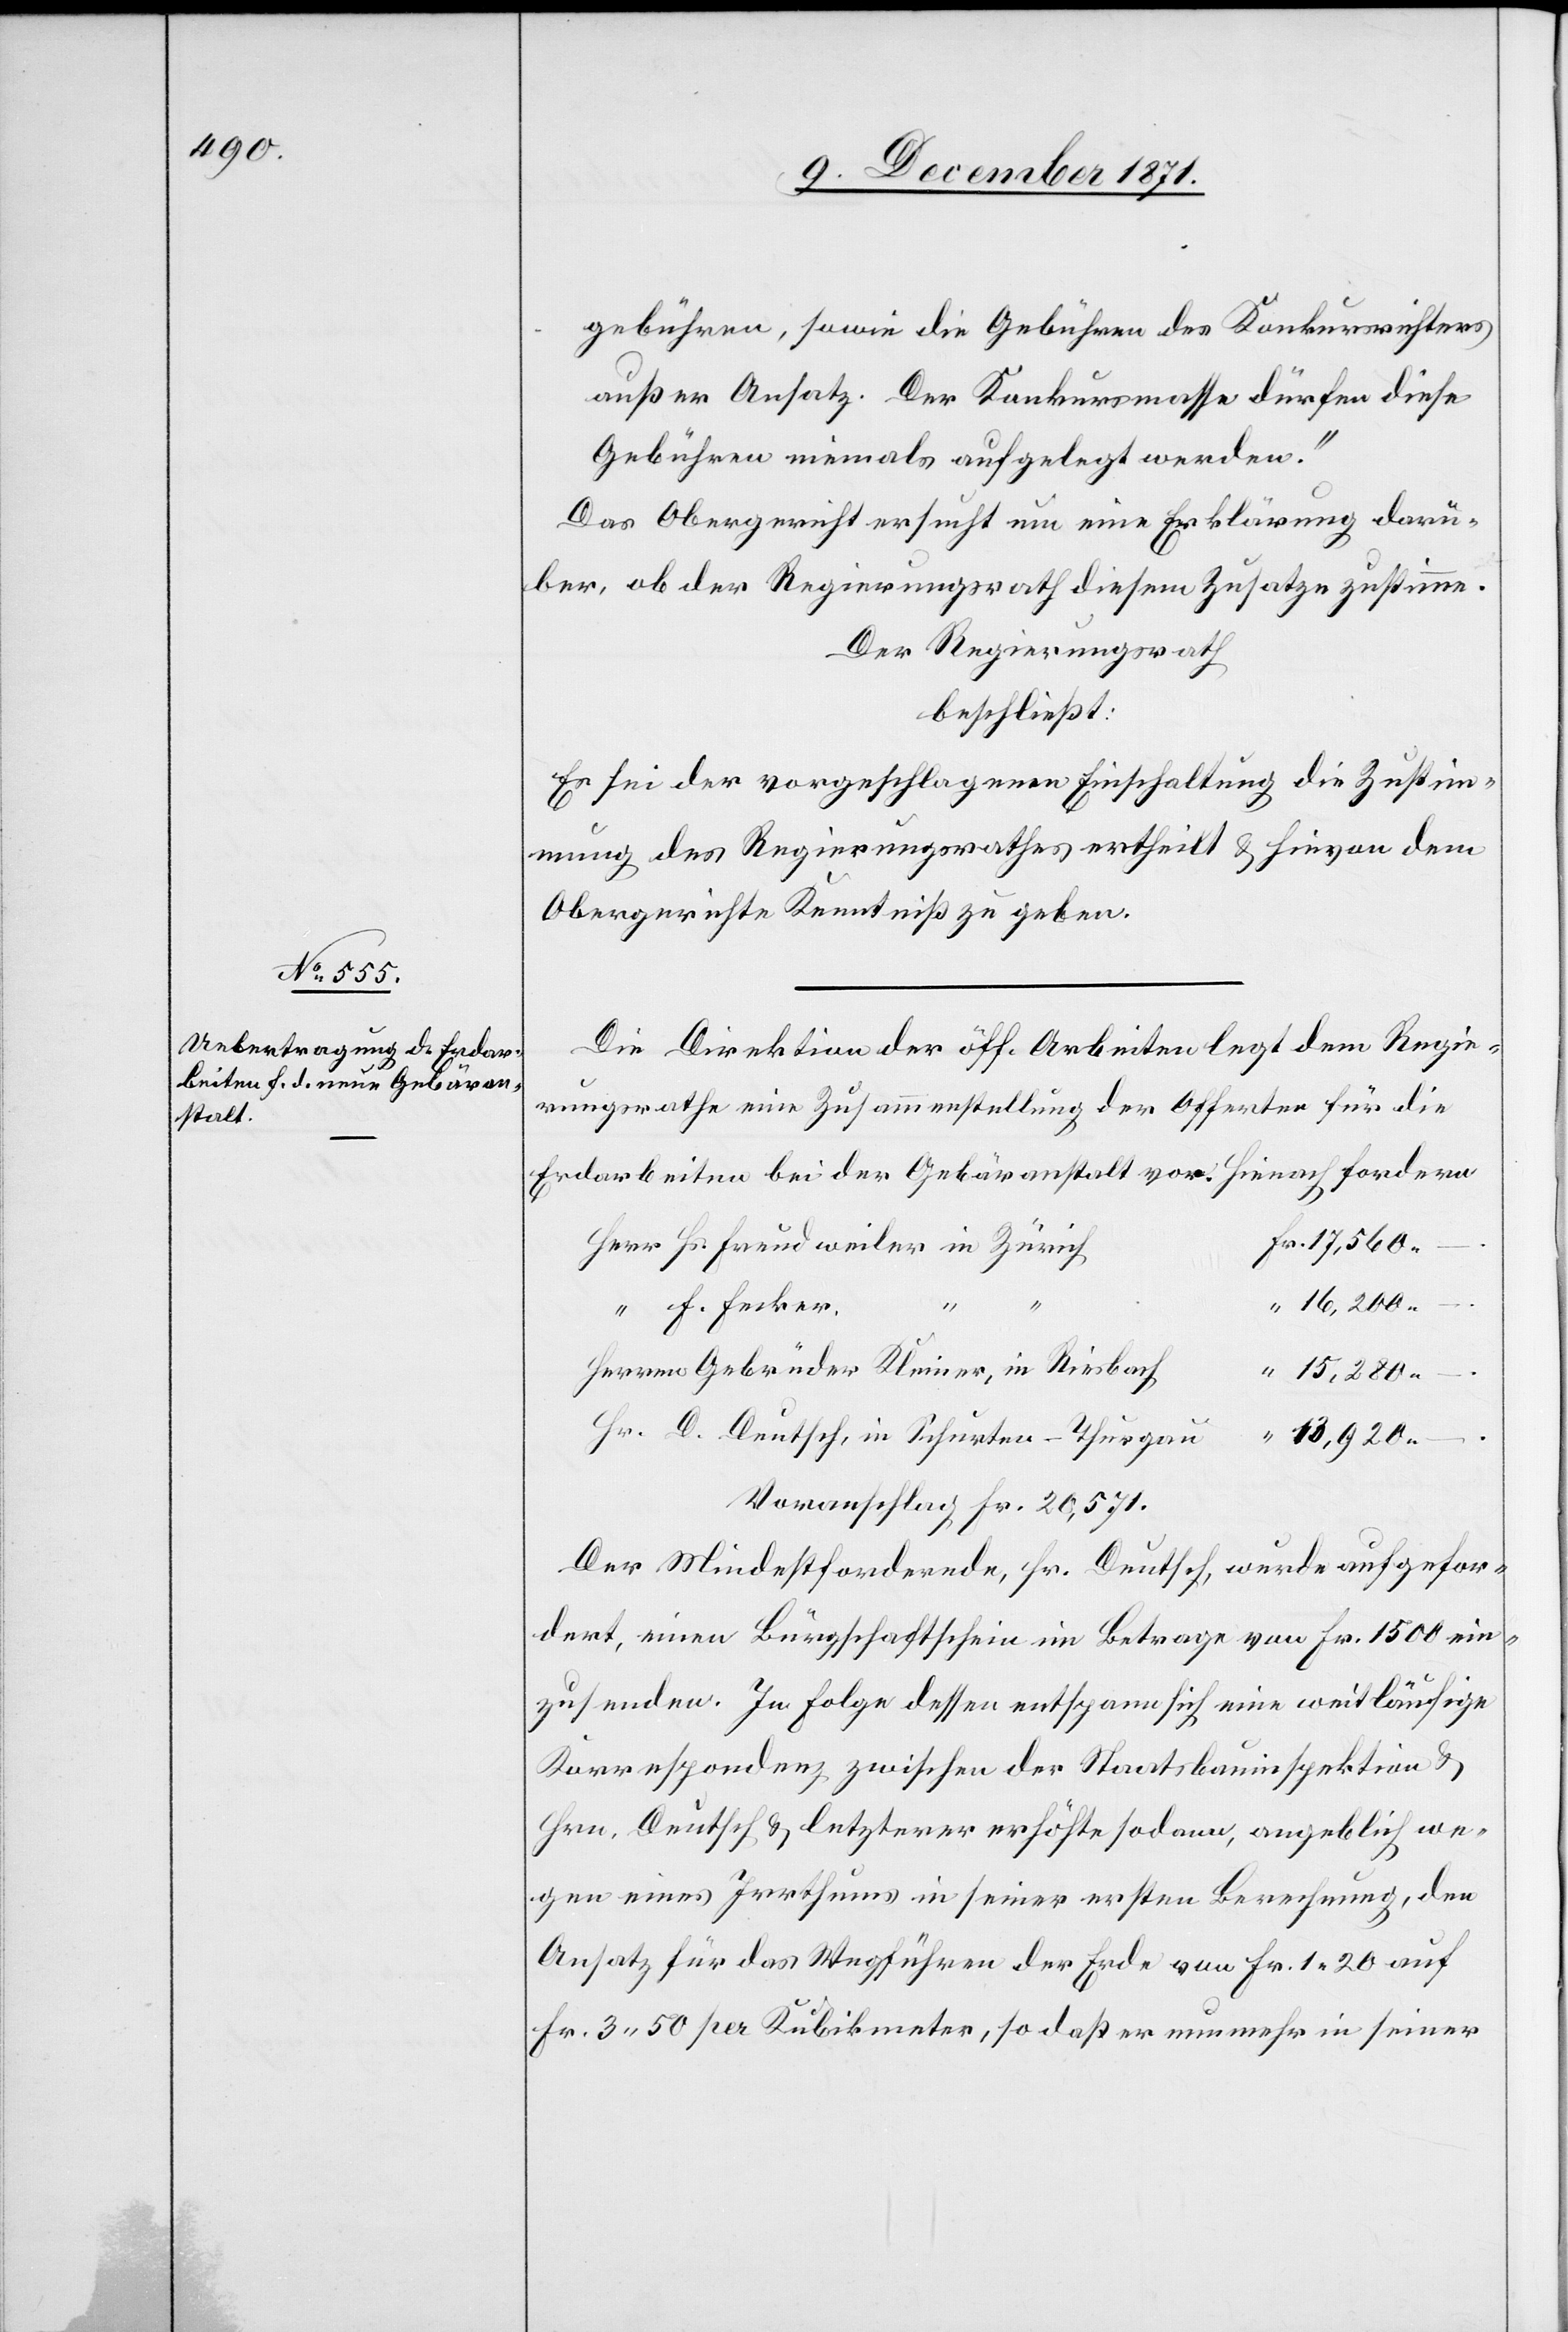
gebühren, sowie die Gebühren des Konkursrichters
außer Ansatz. Der Konkursmasse dürfen diese
Gebühren niemals auferlegt werden.“
Das Obergericht ersucht nun eine Erklärung darü¬
ber, ob der Regierungsrath diesem Zusatze zustimme.
Der Regierungsrath
beschließt:
Es sei der vorgeschlagenen Einschaltung die Zustim¬
mung des Regierungsrathes ertheilt & hievon dem
Obergerichte Kenntniß zu geben.
Die Direktion der öff. Arbeiten legt dem Regie¬
rungsrathe eine Zusammenstellung der Offerten für die
Erdarbeiten bei der Gebäranstalt vor. Hienach fordern
“
“
15,280.–.
F. Fecker
13,920.–.
Der Mindestfordernde, Hr. Deutsch wurde aufgefor¬
dert, einen Bürgschaftschein im Betrage von Fr. 1500 ein¬
zusenden, In Folge dessen entspann sich eine weitläufige
Korrespondenz zwischen der Staatsbauinspektion &
Hrn. Deutsch & letzterer erhöhte sodann, angeblich we¬
gen eines Irrthums in seiner ersten Berechnung, den
Ansatz für das Wegführen der Erde von Fr. 1.20 auf
Fr. 3.50 per Kubikmeter, so daß er nunmehr in seiner